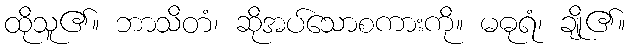
ထိုသူ၏။ ဘာသိတံ၊ ဆိုအပ်သောစကားကို။ မဓုရံ၊ ချို၏။